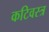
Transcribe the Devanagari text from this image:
कटिवस्त्र